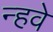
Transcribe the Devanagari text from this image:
न्हवे